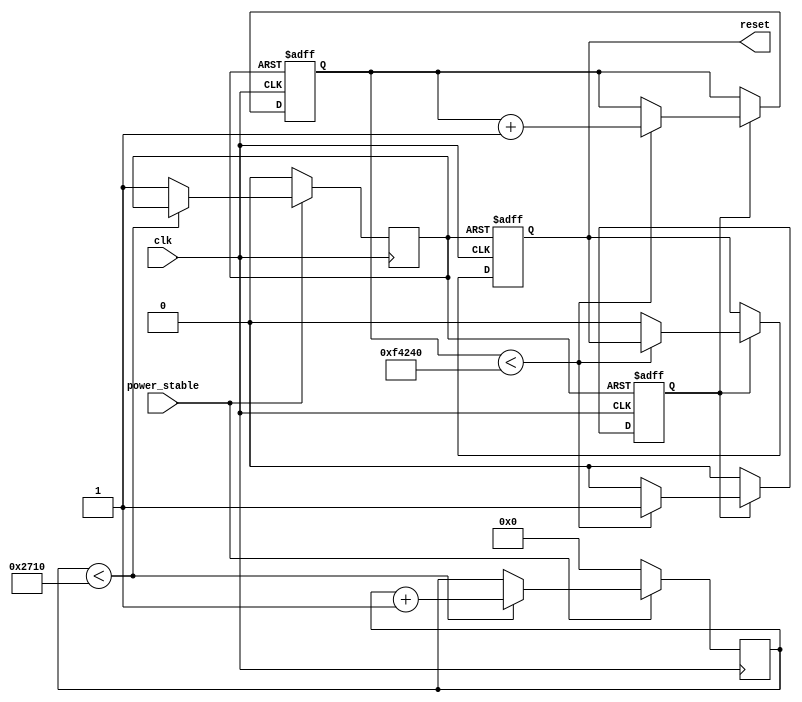
module PowerOnReset (
    input wire clk,            // System clock
    input wire power_stable,   // Signal indicating stable power supply
    output reg reset           // Active low reset signal
);

    // Parameters
    parameter RESET_DURATION = 1000000; // Duration of reset in clock cycles
    parameter DEBOUNCE_TIME = 10000;     // Debounce time in clock cycles

    // State variables
    reg [31:0] counter;      // Counter for reset duration
    reg [31:0] debounce_counter; // Counter for debouncing
    reg power_stable_reg;    // Registered power stable signal
    reg reset_active;        // Indicates if reset is active

    // Initial block for reset signal
    initial begin
        reset = 1'b1;         // Start with reset active
        counter = 32'b0;      // Initialize counter
        debounce_counter = 32'b0; // Initialize debounce counter
        power_stable_reg = 1'b0; // Initialize power stable register
        reset_active = 1'b1;   // Reset is initially active
    end

    // Debounce logic
    always @(posedge clk) begin
        if (power_stable) begin
            if (debounce_counter < DEBOUNCE_TIME) begin
                debounce_counter <= debounce_counter + 1;
            end else begin
                power_stable_reg <= 1'b1; // Power is stable
            end
        end else begin
            debounce_counter <= 32'b0; // Reset debounce counter
            power_stable_reg <= 1'b0;   // Power is not stable
        end
    end

    // Reset signal generation
    always @(posedge clk or negedge power_stable_reg) begin
        if (!power_stable_reg) begin
            reset <= 1'b1;       // Asynchronous reset
            reset_active <= 1'b1; // Reset is active
            counter <= 32'b0;    // Reset counter
        end else if (reset_active) begin
            if (counter < RESET_DURATION) begin
                counter <= counter + 1; // Count until reset duration
            end else begin
                reset <= 1'b0; // Release reset
                reset_active <= 1'b0; // Reset is no longer active
            end
        end
    end

endmodule